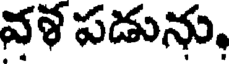
వళ పడును,